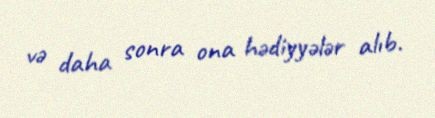
və daha sonra ona hədiyyələr alıb.